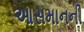
આસમાનની